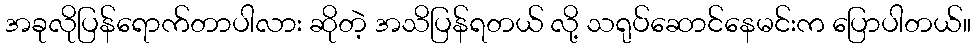
အခုလိုပြန်ရောက်တာပါလား ဆိုတဲ့ အသိပြန်ရတယ် လို့ သရုပ်ဆောင်နေမင်းက ပြောပါတယ်။